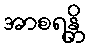
အာစရန္တိ